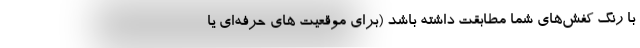
با رنگ کفش‌های شما مطابقت داشته باشد (برای موقعیت های حرفه‌ای یا